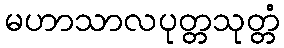
မဟာသာလပုတ္တသုတ္တံ